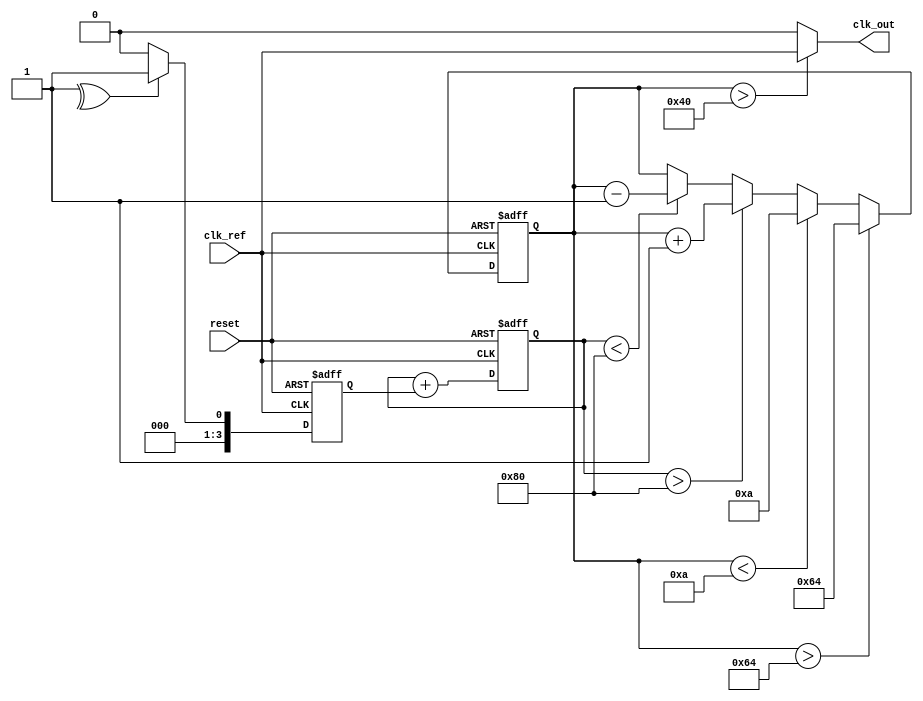
module MemoryBlocksLinearPLL (
    input wire clk_ref,        // Reference clock input
    input wire reset,          // Asynchronous reset
    output wire clk_out        // Output clock from VCO
);

    // Parameters
    parameter N = 4;           // Feedback divider (adjustable)
    parameter VCO_MAX_FREQ = 100; // Maximum frequency of VCO
    parameter VCO_MIN_FREQ = 10;  // Minimum frequency of VCO

    // Internal signals
    reg [N-1:0] phase_error;   // Phase error signal from PD
    reg [7:0] control_voltage;  // Control voltage from loop filter
    reg [7:0] vco_output;       // VCO output frequency
    reg [7:0] vco_state;        // State of VCO
    reg [7:0] memory_block;     // Memory block to store previous control voltage

    // Phase Detector (PD)
    always @(posedge clk_ref or posedge reset) begin
        if (reset) begin
            phase_error <= 0;
        end else begin
            // Simple phase detector logic
            // Here we assume a simple XOR for phase comparison
            phase_error <= (vco_output[N-1] ^ clk_ref[N-1]) ? 1 : 0;
        end
    end

    // Loop Filter
    always @(posedge clk_ref or posedge reset) begin
        if (reset) begin
            control_voltage <= 0;
            memory_block <= 0;
        end else begin
            // Simple first-order loop filter with memory
            control_voltage <= control_voltage + phase_error; // Integrate phase error
            memory_block <= control_voltage; // Store previous control voltage
        end
    end

    // Voltage-Controlled Oscillator (VCO)
    always @(posedge clk_ref or posedge reset) begin
        if (reset) begin
            vco_state <= VCO_MIN_FREQ; // Start at minimum frequency
        end else begin
            // Adjust frequency based on control voltage
            if (control_voltage > 128) begin
                vco_state <= vco_state + 1; // Increase frequency
            end else if (control_voltage < 128) begin
                vco_state <= vco_state - 1; // Decrease frequency
            end
            // Clamp the VCO state to max/min frequency
            if (vco_state > VCO_MAX_FREQ) begin
                vco_state <= VCO_MAX_FREQ;
            end else if (vco_state < VCO_MIN_FREQ) begin
                vco_state <= VCO_MIN_FREQ;
            end
        end
    end

    // Generate output clock based on VCO state
    assign clk_out = (vco_state > 64) ? clk_ref : 1'b0; // Simple output logic

endmodule